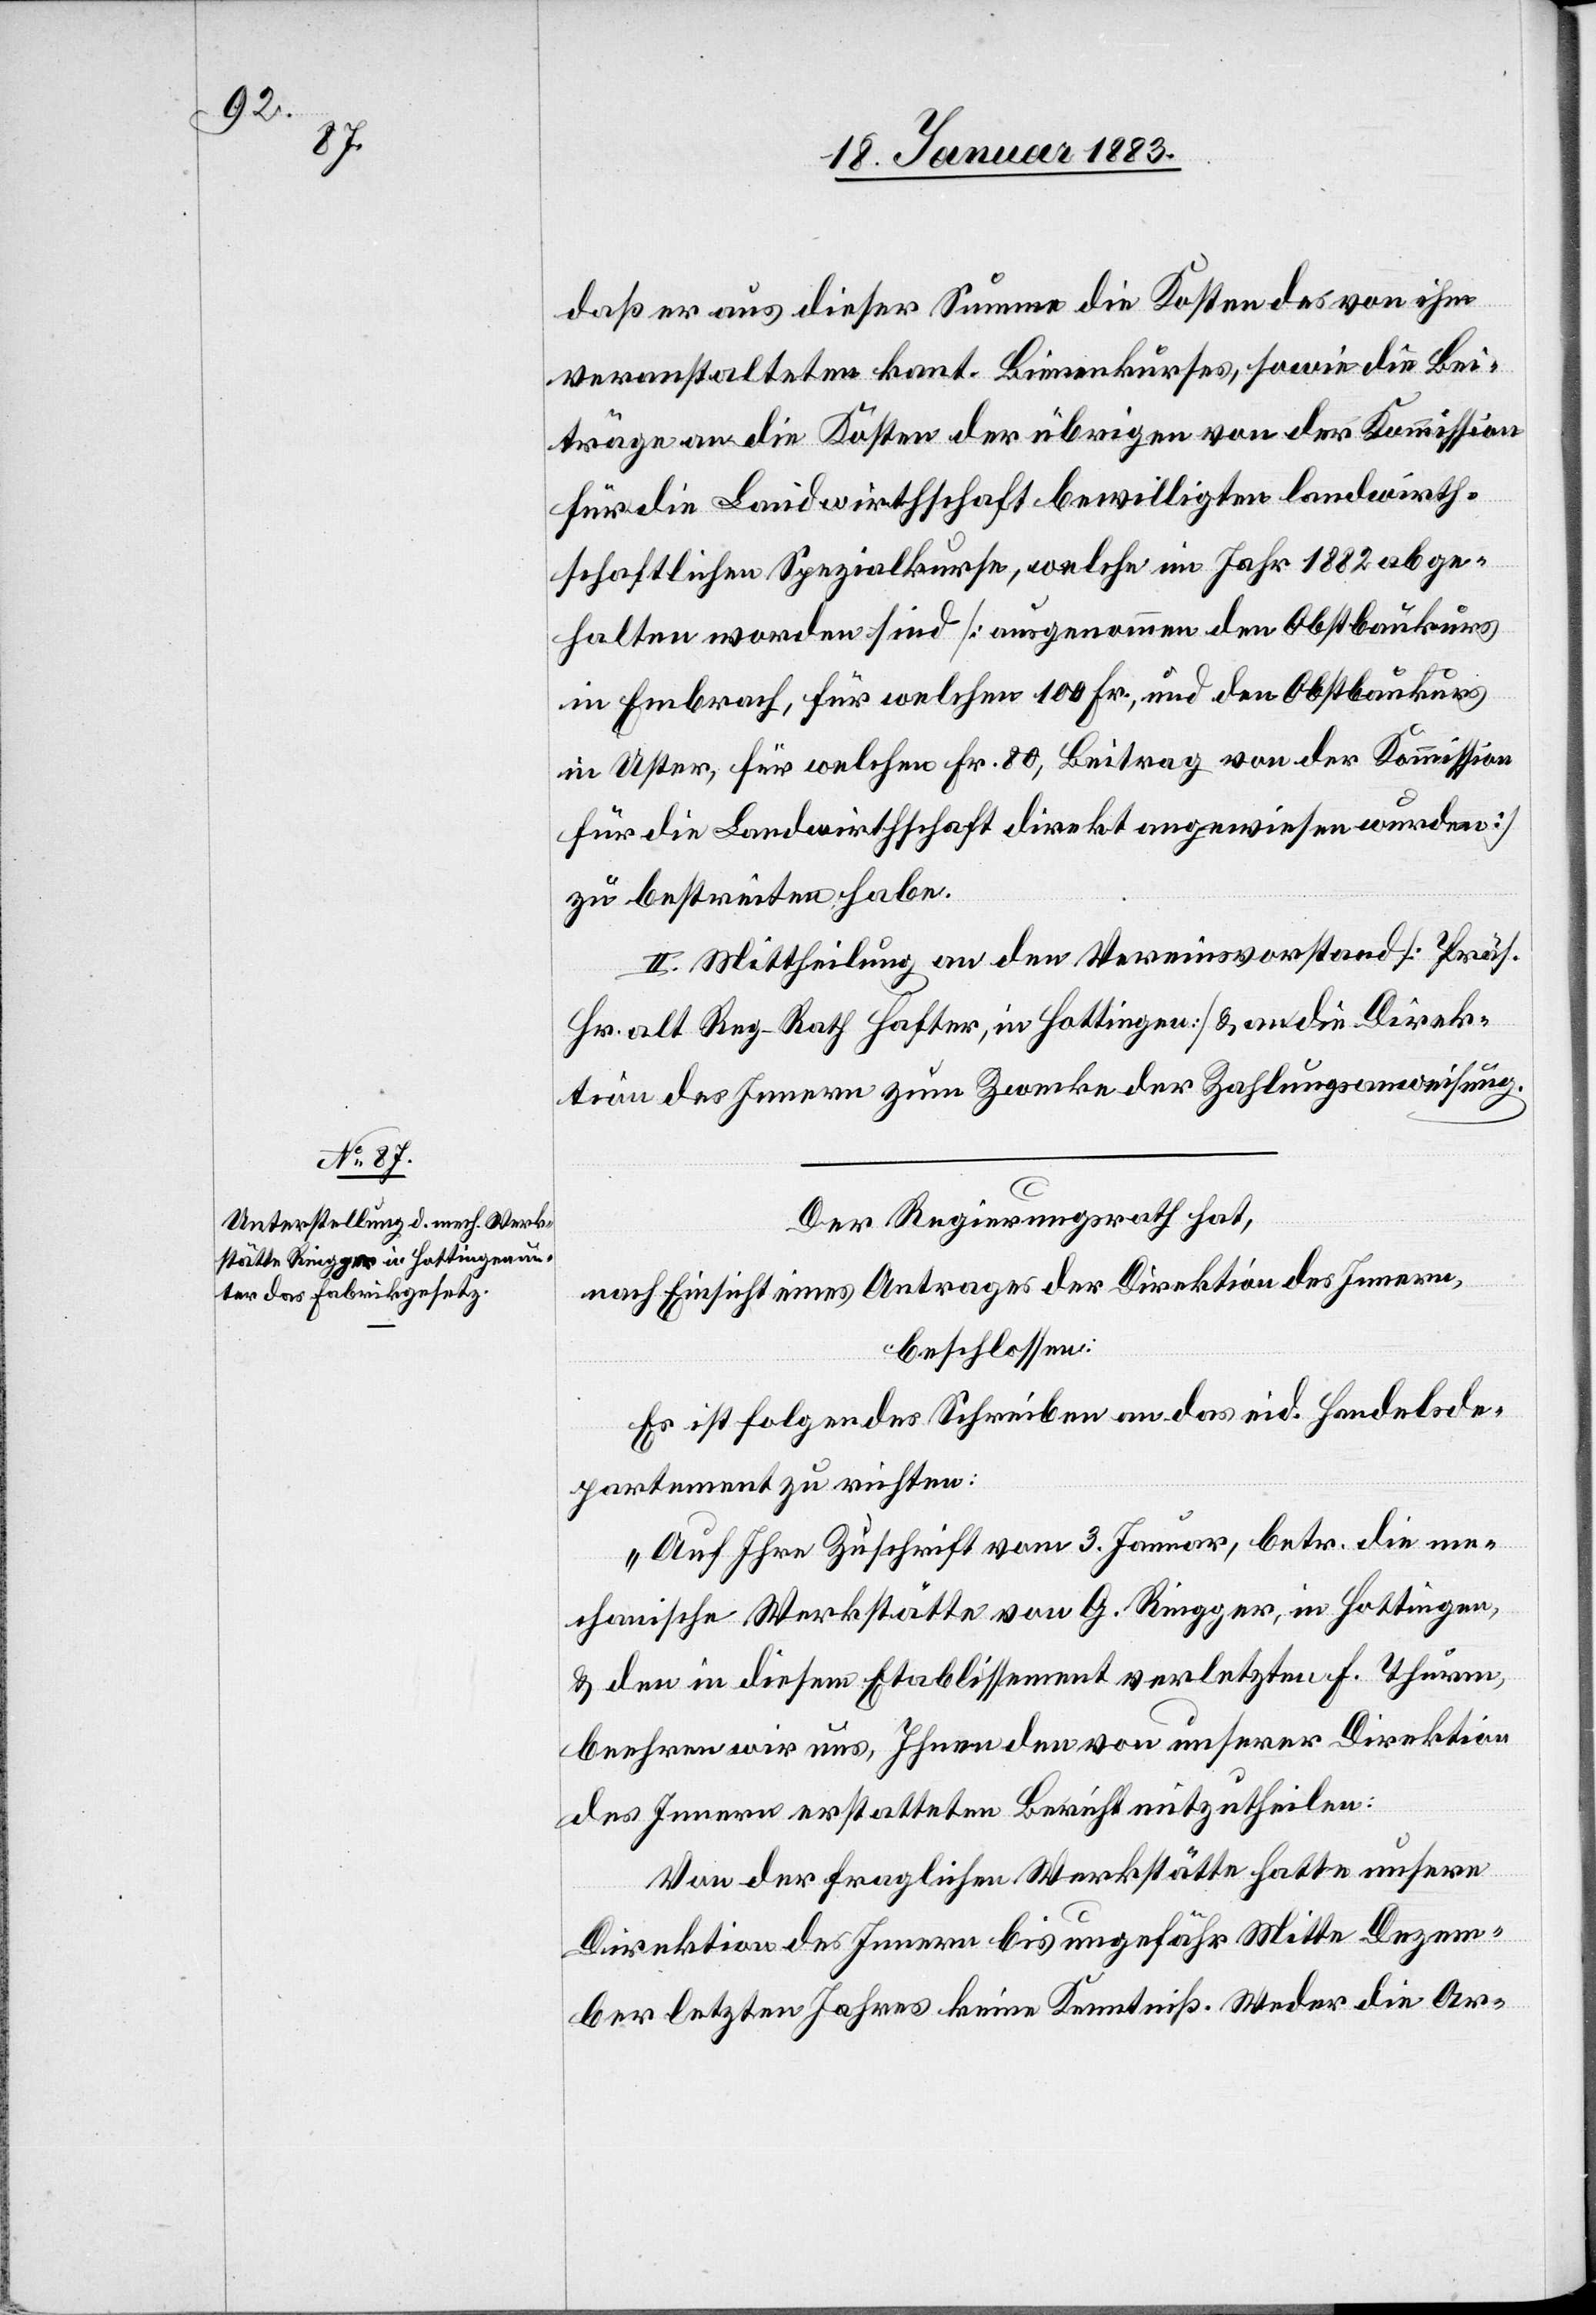
daß er aus dieser Summe die Kosten des von ihm
veranstalteten kant. Bienenkurses, sowie die Bei¬
träge an die Kosten der übrigen von der Kommission
für die Landwirthschaft bewilligten landwirth¬
schaftlichen Spezialkurse, welche im Jahr 1882 abge¬
halten worden sind [ausgenommen den Obstbaukurs
in Embrach, für welchen 100 Fr., und den Obstbaukurs
in Uster, für welchen Fr. 80, Beitrag von der Kommission
für die Landwirthschaft direkt angewiesen wurden]
zu bestreiten habe.
II. Mittheilung an den Vereinsvorstand [Präs.
Hr. alt Reg-Rath Hafter, in Hottingen] & an die Direk¬
tion des Innern zum Zwecke der Zahlungsanweisung.
Der Regierungsrath hat,
nach Einsicht eines Antrages der Direktion des Innern,
beschlossen:
Es ist folgendes Schreiben an das eid. Handelsde¬
partement zu richten:
„Auf Ihre Zuschrift vom 3. Januar, betr. die me¬
chanische Werkstätte von G. Ringger, in Hottingen,
& den in diesem Etablissement verletzten F. Thurm,
beehren wir uns, Ihnen den von unserer Direktion
des Innern erstatteten Bericht mitzutheilen:
Von der fraglichen Werkstätte hatte unsere
Direktion des Innern bis ungefähr Mitte Dezem¬
ber letzten Jahres keine Kenntniß. Weder die Ar-